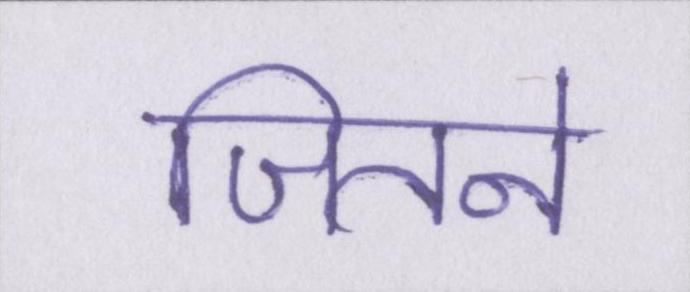
जितने